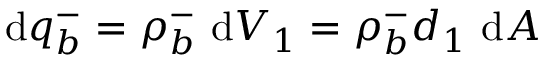
\mathrm { d } q _ { b } ^ { - } = \rho _ { b } ^ { - } \ \mathrm { d } V _ { 1 } = \rho _ { b } ^ { - } d _ { 1 } \ \mathrm { d } A